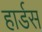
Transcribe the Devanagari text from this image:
हार्डस